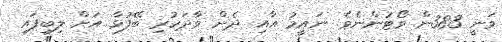
ވަނީ 383ން ވޯޓުންނެވެ. ނައީމު އާއި ދެން ވާދަކުރި ބޭފުޅާ އަށް ލިބިފައި